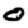
Digit: 0